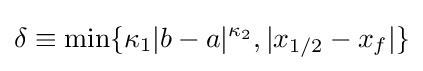
\delta \equiv \min\{\kappa _{1}|b-a|^{\kappa _{2}},|x_{1/2}-x_{f}|\}